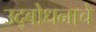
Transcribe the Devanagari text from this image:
उद्‌बोधनाचे